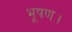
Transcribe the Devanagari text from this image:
भूषण।